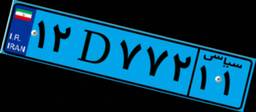
۳۲D۵۸۶۴۶